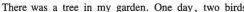
There was a tree in my garden. One day,two birds